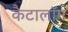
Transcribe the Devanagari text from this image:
कैटालॉग